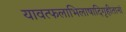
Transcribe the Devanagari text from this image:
यावत्फलाभिलाषादिगृहीतानां